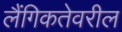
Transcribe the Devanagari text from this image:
लैंगिकतेवरील